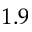
1 . 9